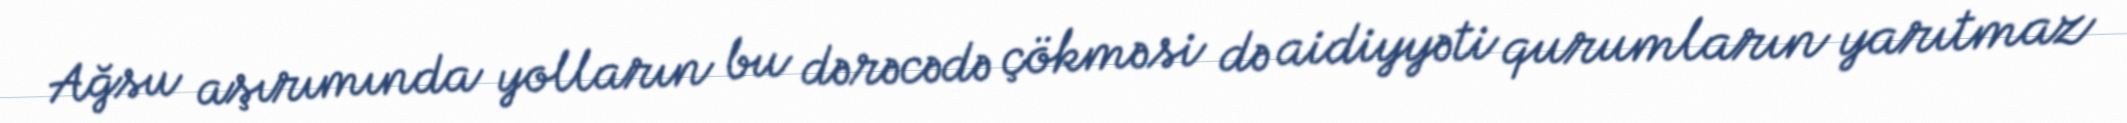
Ağsu aşırımında yolların bu dərəcədə çökməsi də aidiyyəti qurumların yarıtmaz